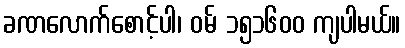
ခဏလောက်စောင့်ပါ၊ ဝမ် ၁၅၁၆၀၀ ကျပါမယ်။